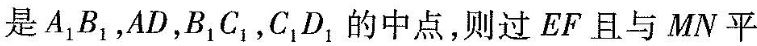
是A_{1}B_{1}，AD，B_{1}C_{1}，C_{1}D_{1}的中点，则过EF且与MN平